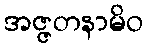
အဇ္ဇတနာမိဝ